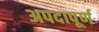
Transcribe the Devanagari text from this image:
अपदापूर्ण